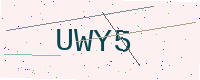
Text: UWY5